Report on malaria in the Punjab during the year ...  together with an account of the work of the Punjab Malaria Bureau - Volume 5
Disease focus: Malaria
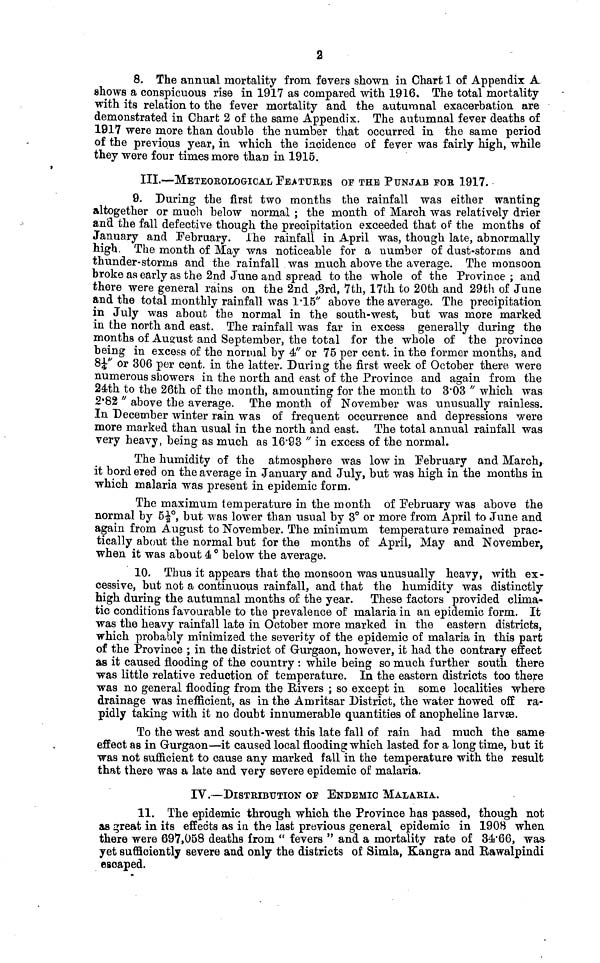
8. The annual mortality from fevers shown in Chart 1 of Appendix A
Shows a conspicuous rise in 1917 as compared with 1916, The total mortality
with its relation to the fever mortality and the autumnal exacerbation are
demonstrated in Chart 2 of the same Appendix. The autumnal fever deaths of
1917 were more than double the number that occurred in the same period
of the previous year, in which the incidence of fever was fairly high, while
they were four times more than in 1915.
III.—METEOROLOGICAL FEATURES OF THE PUNJAB FOB 1917.
9. During the first two months the rainfall was either wanting
altogether or much below normal ; the month of March was relatively drier
S the fall defective though the precipitation exceeded that of : the months of
January and February. The rainfall in April was, though late, abnormally
high. The month of May was noticeable for a number of dust-storms and
thunder-storms and the rainfall was much above the average. The monsoon
Broke as early as the 2nd June and spread to the whole of the Province ; and
there were general rains on the 2nd ,3rd, 7th, 17th to 20th and 29th of June
fond the total monthly rainfall was 1.15" above the average. The precipitation
in July was about the normal in the south-west, but was more marked
in the north and east. The rainfall was far in excess generally during the
months of August and September, the total for the whole of the province
being in excess of the normal by 4" or 75 per cent. in the former months, and
8 1/4" or 306 per cent, in the latter. During the first week of October there were
numerous showers in the north and east of the Province and again from the
24th to the 26th of the month, amounting for the month to 3.03 " which was
2.82 " above the average. The month of November was unusually rainless.
In December winter rain was of frequent occurrence and depressions were
more marked than usual in the north and east. The total annual rainfall was
very heavy, being as much as 16.93 " in excess of the normal.
The humidity of the atmosphere was low in February and March,
it bordered on the average in January and July, but was high in the months in
which malaria was present in epidemic form.
The maximum temperature in the month of February was above the
normal by 5 1/2, but was lower than usual by 3° or more from April to June and
again from August to November. The minimum temperature remained prac-
tically about the normal but for the months of April, May and November,
when it was about 4 below the average.
10. Thus it appears that the monsoon was unusually heavy, with ex-
cessive, but not a continuous rainfall, and that the humidity was distinctly
high during the autumnal months of the year. These factors provided clima-
tic conditions favourable to the prevalence of malaria in an epidemic form. It
was the heavy rainfall late in October more marked in the eastern districts,
which probably minimized the severity of the epidemic of malaria in this part
of the Province ; in the district of Gurgaon, however, it had the contrary effect
as it caused flooding of the country : while being so much further south there
was little relative reduction of temperature. In the eastern districts too there
was no general flooding from the Rivers ; so except in some localities where
drainage was inefficient, as in the Amritsar District, the water nowed off ra-
pidly taking with it no doubt innumerable quantities of anopheline larvae.
To the west and south-west this late fall of rain had much the same
effect as in Gurgaon—it caused local flooding which lasted for a long time, but it
was not sufficient to cause any marked fall in the temperature with the result
that there was a late and very severe epidemic of malaria.
IV.—DISTRIBUTION OF ENDEMIC MALARIA.
11. The epidemic through which the Province has passed, though not
as great in its effects as in the last previous general epidemic in 1908 when
there were 697,058 deaths from " fevers " and a mortality rate of 34.66, was
yet sufficiently severe and only the districts of Simla, Kangra and Rawalpindi
escaped.